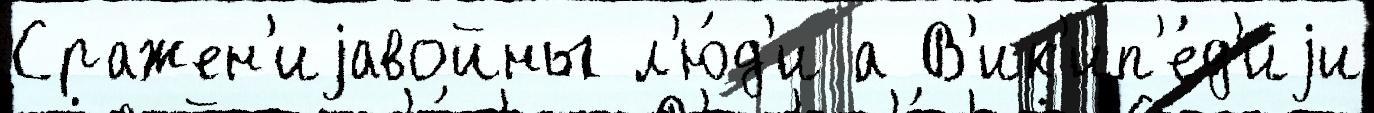
Сражен'иjавойны л'ю́д'и а В'ик'ип'е́д'иjи